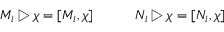
M _ { i } \triangleright \chi = [ M _ { i } , \chi ] \qquad \quad N _ { i } \triangleright \chi = [ N _ { i } , \chi ]